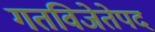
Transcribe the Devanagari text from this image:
गतविजेतेपद